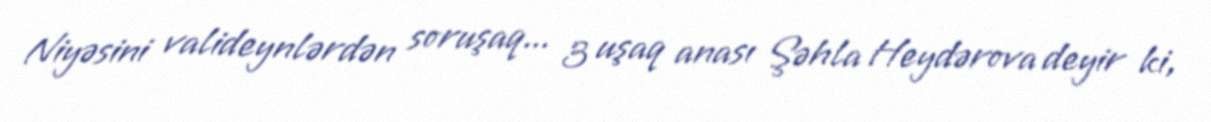
Niyəsini valideynlərdən soruşaq... 3 uşaq anası Şəhla Heydərova deyir ki,